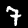
Label: 7